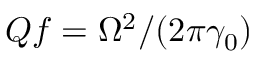
Q f = \Omega ^ { 2 } / ( 2 \pi \gamma _ { 0 } )